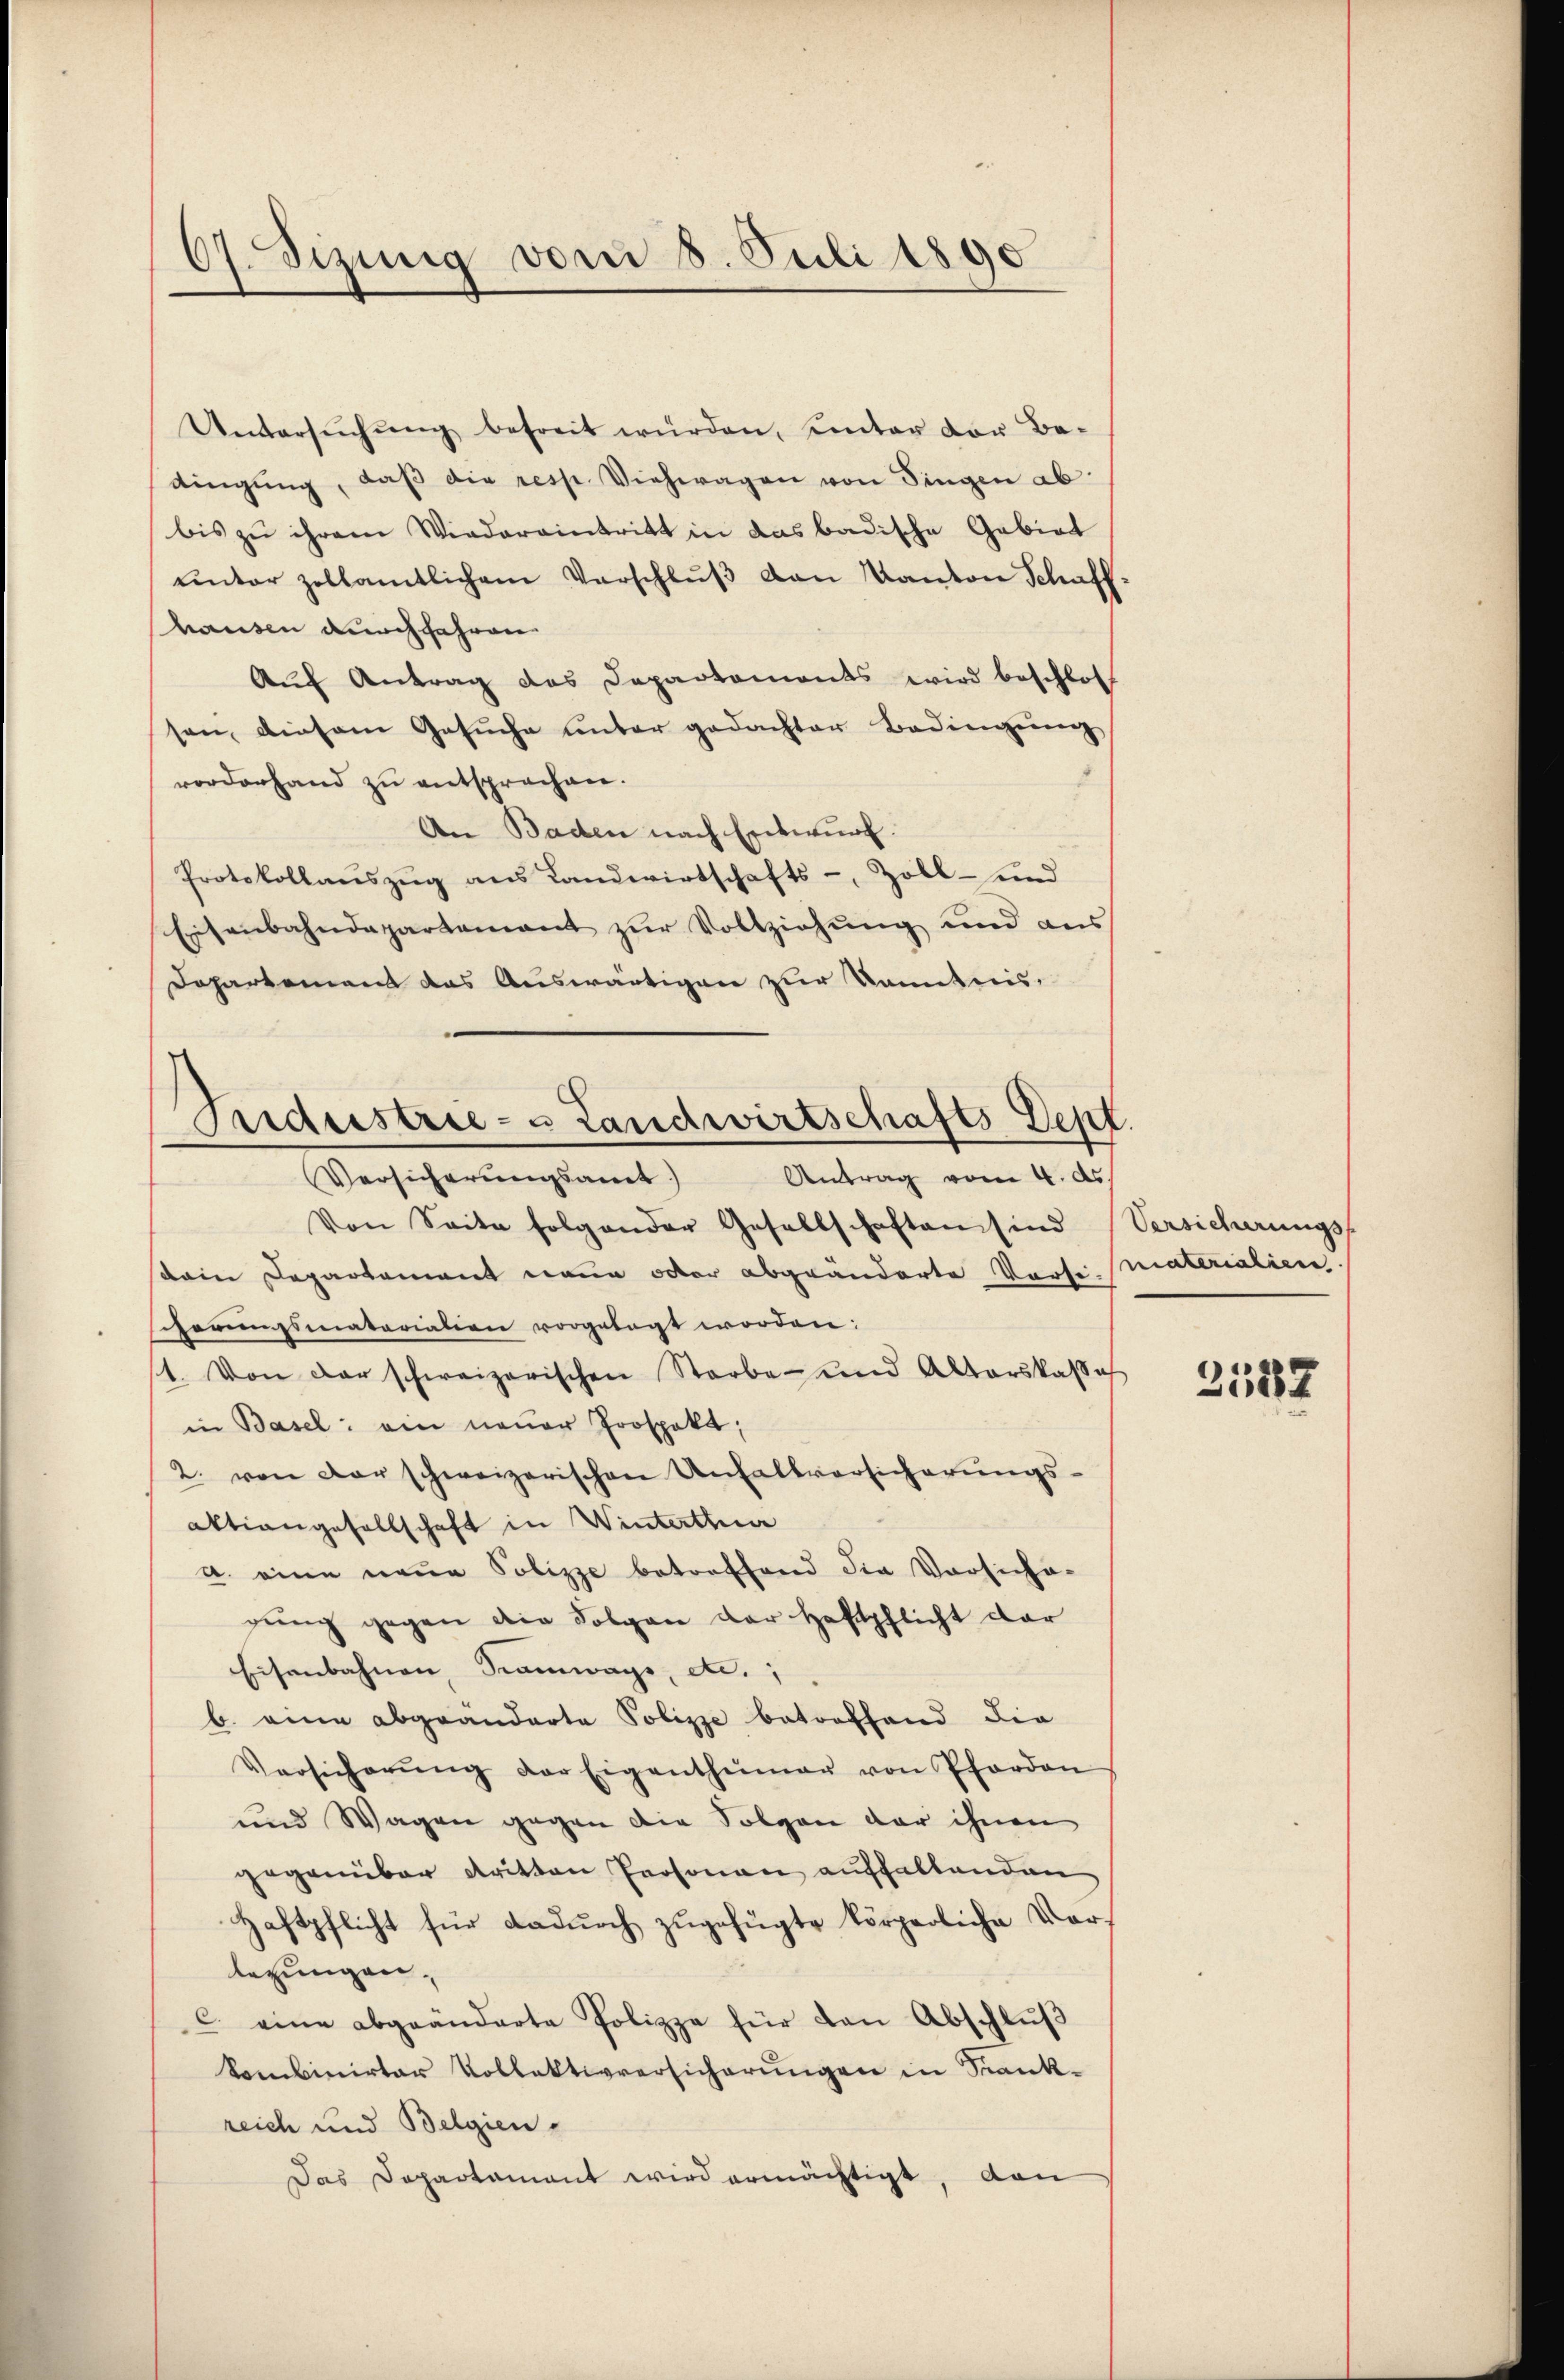
67. Sizung vom 8. Juli 1890

Seidestrie- & Landwirtschafts-Dent
Antrag vom 4. ds.
Versicherungsamt

Untersŭchŭng befreit würden, unter der Be-
dingŭng, daβ die resp. Viehwagen von Singen ab
bis zu ihrem Wiedereintritt in das badische Gebiet
ŭnter zollamtlichem Verschlŭβ von Kanton Schaff-
hausen durchfahren.
Auf Antrag des Departements wird beschloss
sen, diesem Gesŭche unter gedachter Bedingŭng
vorderhand zu entsprochen.
An Baden nach Entwurf.
Protokollauszug aus Landwirtschafts-, Zoll- und
Eisenbahndepartement zur Vollziehung und aus
Dopartement das Auswärtigen zur kanntnis,
Von Seite folgender Gesellschaften sind
sein Departement neue oder abgeänderte Vorse materialien.
herungsmatariation vorgelegt worden:
1. Von der schweizerischen Starbe und Alterskasse
in Basel: ein neuer Prospekt;
2. von der schweizerischen Unfallversicherungs-
aktiengesellschaft in Winterthur
a. eine neue Polizze betreffend die Vorsiche-
gŭng gegen die Folgen der Haftpflicht dar
Eisenbahnen Ramwage, etc.;
b. eine abgeänderte Polizze betreffend die
Versicherŭng der Eigenthümer von Pfarron
und Wagen gegen die Folgen der ihnen
gegenüber dritten Personen aufhaltenden
Haftpflicht für dadurch zugefügte körperliche Vorlegungen,
c. eine abgeänderte Polizze für den Abschlŭβ
kombinirter Vollektivversicherŭngen in Sank-
reich und Belgien-
Das Departamant wird ermächtigt, den

Versicherungs-

2537